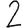
Digit: 2